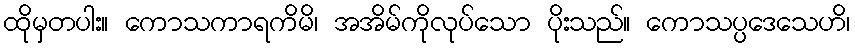
ထိုမှတပါး။ ကောသကာရကိမိ၊ အအိမ်ကိုလုပ်သော ပိုးသည်။ ကောသပ္ပဒေသေဟိ၊